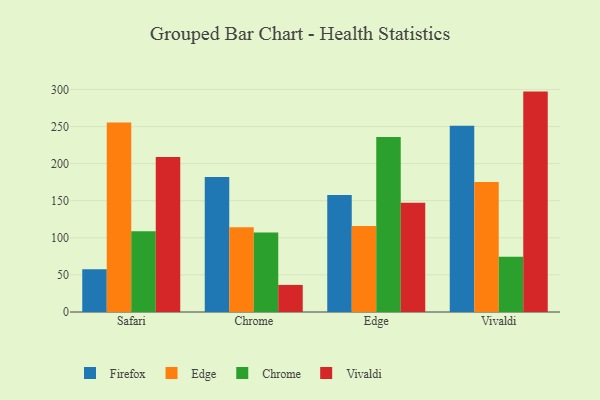
{"axis": {"x": "Browser", "y": "Tickets Resolved"}, "legend": ["Chrome", "Edge", "Firefox", "Vivaldi"], "data": [{"x": "Safari", "y": 57.6, "type": "Firefox"}, {"x": "Safari", "y": 255.5, "type": "Edge"}, {"x": "Safari", "y": 108.8, "type": "Chrome"}, {"x": "Safari", "y": 209.1, "type": "Vivaldi"}, {"x": "Chrome", "y": 181.9, "type": "Firefox"}, {"x": "Chrome", "y": 114.2, "type": "Edge"}, {"x": "Chrome", "y": 107.2, "type": "Chrome"}, {"x": "Chrome", "y": 36.5, "type": "Vivaldi"}, {"x": "Edge", "y": 157.7, "type": "Firefox"}, {"x": "Edge", "y": 116.0, "type": "Edge"}, {"x": "Edge", "y": 236.0, "type": "Chrome"}, {"x": "Edge", "y": 147.2, "type": "Vivaldi"}, {"x": "Vivaldi", "y": 251.1, "type": "Firefox"}, {"x": "Vivaldi", "y": 175.1, "type": "Edge"}, {"x": "Vivaldi", "y": 74.4, "type": "Chrome"}, {"x": "Vivaldi", "y": 297.1, "type": "Vivaldi"}]}